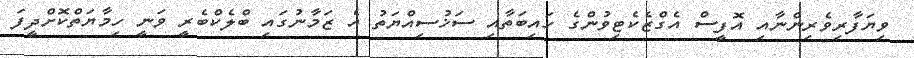
ވިޔަފާރިވެރިންނާއި އޮފީސް އެގްޒެކެޓިވުންގެ ހައިބަތާއި ސަޚުސިއްޔަތު އެ ޒަމާނުގައި ބްލެކްބެރީ ވަނީ ހިމާޔަތްކޮށްދީފަ